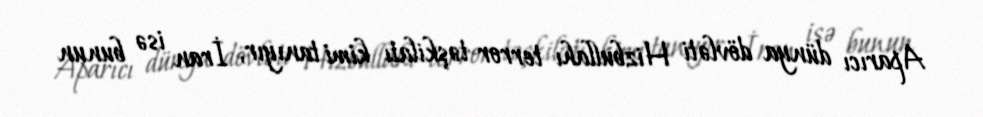
Aparıcı dünya dövləti Hizbullahı terror təşkilatı kimi tanıyır, İran isə bunun